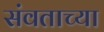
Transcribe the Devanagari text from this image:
संवताच्या